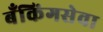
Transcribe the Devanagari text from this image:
बँकिंगसेवा